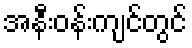
အနီးဝန်းကျင်တွင်